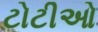
ટોટીઓ